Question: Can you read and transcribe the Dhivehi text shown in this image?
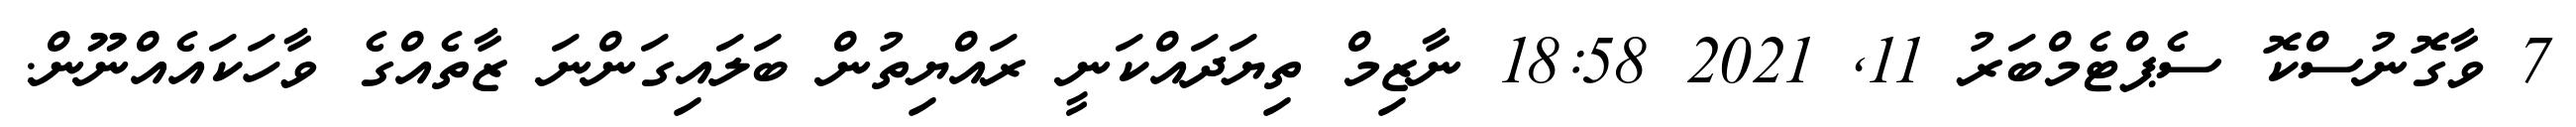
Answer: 7 ވާގޮނުސްކޮ ސެޕްޓެމްބަރު 11, 2021 18:58 ނާޒިމް ތިޔަދައްކަނީ ރައްޔިތުން ބަލައިގަންނަ ޒާތެއްގެ ވާހަކައެއްނޫން.